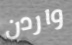
واردن